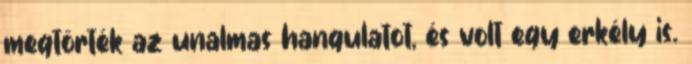
megtörték az unalmas hangulatot, és volt egy erkély is.